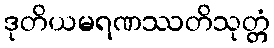
ဒုတိယမရဏဿတိသုတ္တံ